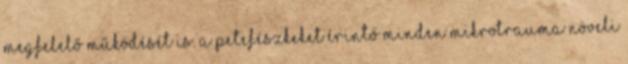
megfelelő működését is. A petefészkeket érintő minden mikrotrauma növeli